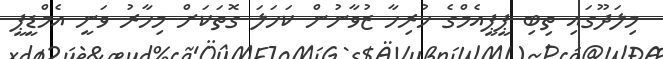
މިލަދޫގައި ތިބި ޕީޕީއެމްގެ ހުރިހާ ޒުވާނުން ކަހަލަ ގޮތަކަށް މިހާރު ވަނީ އެމްޑީޕީ